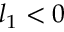
l _ { 1 } < 0